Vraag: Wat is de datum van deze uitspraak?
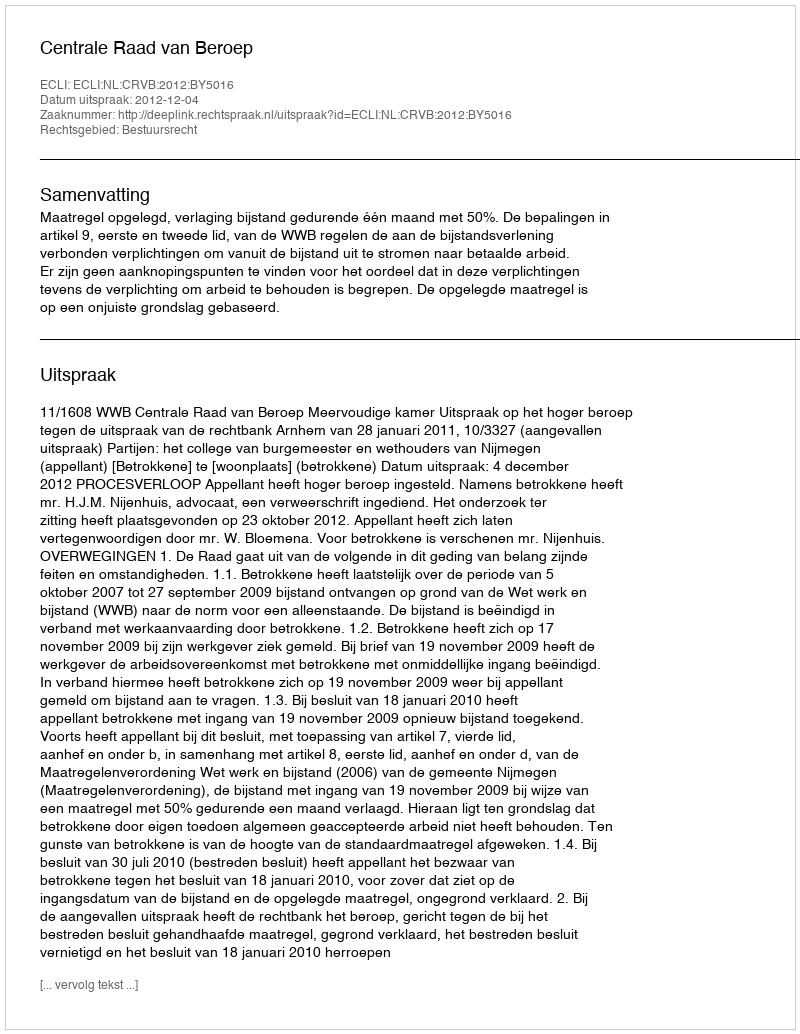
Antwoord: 2012-12-04